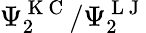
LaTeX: \Psi_{2}^{\mathrm{~K~C~}}/\Psi_{2}^{\mathrm{~L~J~}}